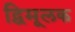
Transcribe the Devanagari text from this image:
द्विमूलक